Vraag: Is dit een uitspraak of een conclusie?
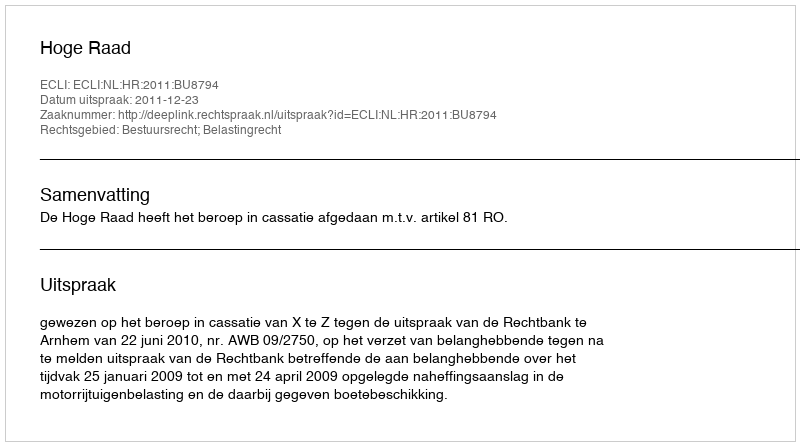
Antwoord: Uitspraak